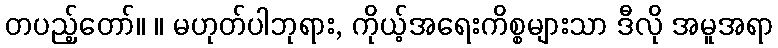
တပည့်တော်။ ။ မဟုတ်ပါဘုရား, ကိုယ့်အရေးကိစ္စများသာ ဒီလို အမူအရာ